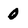
Character: 0